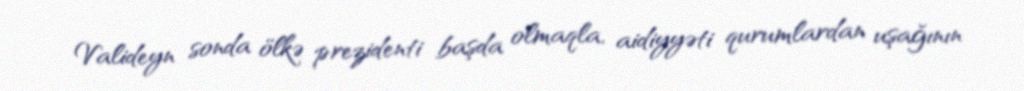
Valideyn sonda ölkə prezidenti başda olmaqla, aidiyyəti qurumlardan uşağının